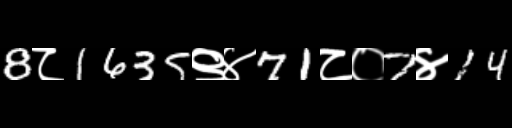
Text: 8८1635९४71८०7४14